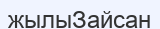
жылыЗайсан